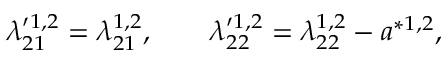
\lambda _ { 2 1 } ^ { \prime 1 , 2 } = \lambda _ { 2 1 } ^ { 1 , 2 } , \qquad \lambda _ { 2 2 } ^ { \prime 1 , 2 } = \lambda _ { 2 2 } ^ { 1 , 2 } - a ^ { \ast 1 , 2 } ,